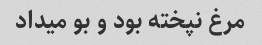
مرغ نپخته بود و بو‌ میداد